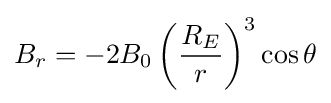
B_{r}=-2B_{0}\left({\frac {R_{E}}{r}}\right)^{3}\cos \theta